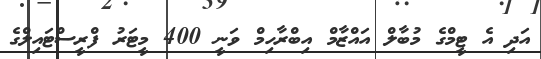
އަދި އެ ޓީމްގެ މުބާލް އައްޒާމް އިބްރާހިމް ވަނީ 400 މީޓަރު ފްރީސްޓައިލްގެ